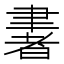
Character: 𦘠